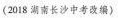
(2018 湖南长沙中考改编)